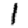
Digit: 1